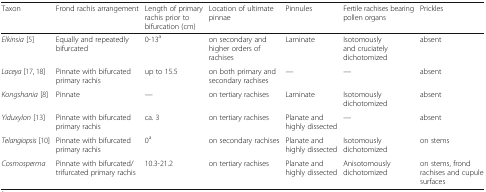
<table><thead><tr><td><b>Taxon</b></td><td><b>Frond rachis arrangement</b></td><td><b>Length of primary rachis prior to bifurcation (cm)</b></td><td><b>Location of ultimate pinnae</b></td><td><b>Pinnules</b></td><td><b>Fertile rachises bearing pollen organs</b></td><td><b>Prickles</b></td></tr></thead><tbody><tr><td><i>Elkinsia</i> [5]</td><td>Equally and repeatedly bifurcated</td><td>0-13<sup>a</sup></td><td>on secondary and higher orders of rachises</td><td>Laminate</td><td>Isotomously and cruciately dichotomized</td><td>absent</td></tr><tr><td><i>Laceya</i> [17, 18]</td><td>Pinnate with bifurcated primary rachis</td><td>up to 15.5</td><td>on both primary and secondary rachises</td><td>—</td><td>—</td><td>absent</td></tr><tr><td><i>Kongshania</i> [8]</td><td>Pinnate</td><td>—</td><td>on tertiary rachises</td><td>Laminate</td><td>Isotomously dichotomized</td><td>absent</td></tr><tr><td><i>Yiduxylon</i> [13]</td><td>Pinnate with bifurcated primary rachis</td><td>ca. 3</td><td>on tertiary rachises</td><td>Planate and highly dissected</td><td>—</td><td>absent</td></tr><tr><td><i>Telangiopsis</i> [10]</td><td>Pinnate with bifurcated primary rachis</td><td>0<sup>a</sup></td><td>on secondary rachises</td><td>Planate and highly dissected</td><td>Isotomously dichotomized</td><td>on stems</td></tr><tr><td><i>Cosmosperma</i></td><td>Pinnate with bifurcated/trifurcated primary rachis</td><td>10.3-21.2</td><td>on tertiary rachises</td><td>Planate and highly dissected</td><td>Anisotomously dichotomized</td><td>on stems, frond rachises and cupule surfaces</td></tr></tbody></table>